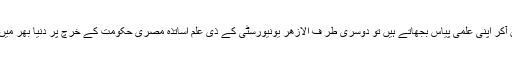
ایک طرف دنیا بھر کے طلبہ یہاں آکر اپنی علمی پیاس بجھاتے ہیں تو دوسری طر ف الازھر یونیورسٹی کے ذی علم اساتذہ مصری حکومت کے خرچ پر دنیا بھر میں علم کی شمعیں روشن کرتے ہیں۔